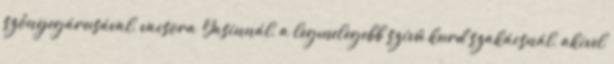
szőnyegárusával, vacsora Yasinnál, a legmelegebb szívű kurd szakácsnál, akivel